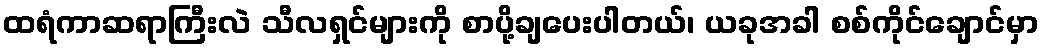
ထရံကာဆရာကြီးလဲ သီလရှင်များကို စာပို့ချပေးပါတယ်၊ ယခုအခါ စစ်ကိုင်ချောင်မှာ